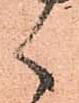
く